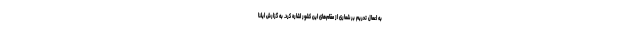
به اعمال تحریم بر شماری از مقام‌های این کشور اشاره کرد. به گزارش ایلنا